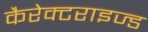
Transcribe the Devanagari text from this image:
कैरेक्टराइज्ड